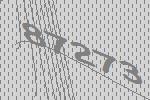
87273